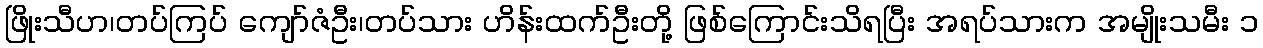
ဖြိုးသီဟ၊တပ်ကြပ် ကျော်ဇံဦး၊တပ်သား ဟိန်းထက်ဦးတို့ ဖြစ်ကြောင်းသိရပြီး အရပ်သားက အမျိုးသမီး ၁